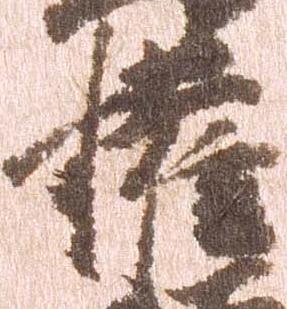
権